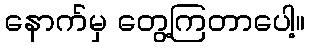
နောက်မှ တွေ့ကြတာပေါ့။